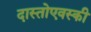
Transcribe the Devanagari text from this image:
दास्तोएवस्की